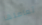
تعاملها